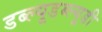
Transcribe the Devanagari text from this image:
डब्ल्यूडब्ल्यूडी